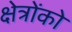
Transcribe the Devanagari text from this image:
क्षेत्रोंको